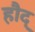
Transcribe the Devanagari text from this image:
हौद्